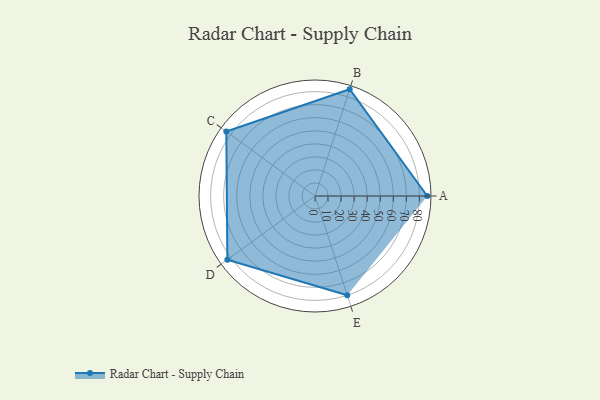
{"axis": {"x": "Skill", "y": "Score"}, "legend": ["Profile"], "data": [{"x": "A", "y": 86.0, "type": "Profile"}, {"x": "B", "y": 86.0, "type": "Profile"}, {"x": "C", "y": 84.0, "type": "Profile"}, {"x": "D", "y": 83.0, "type": "Profile"}, {"x": "E", "y": 80.0, "type": "Profile"}]}